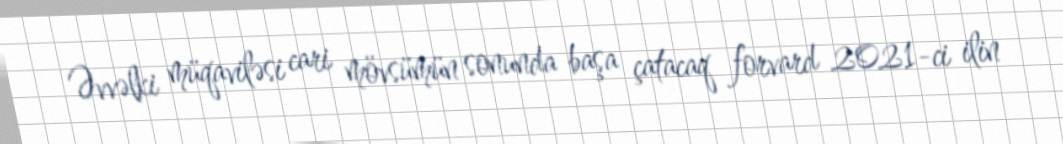
Əvvəlki müqaviləsi cari mövsümün sonunda başa çatacaq forvard 2021-ci ilin